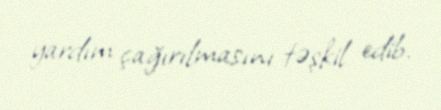
yardım çağırılmasını təşkil edib.